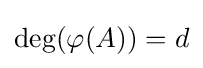
\deg(\varphi (A))=d